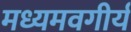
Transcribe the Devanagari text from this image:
मध्यमवगीर्य